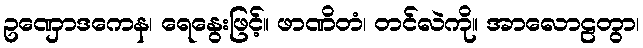
ဥဏှောဒကေန၊ ရေနွေးဖြင့်။ ဖာဏိတံ၊ တင်လဲကို။ အာလောဠတွာ၊